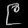
Digit: ၉